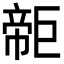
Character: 𢄫